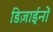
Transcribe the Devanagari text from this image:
डिज़ाईनों